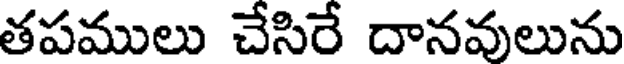
తపములు చేసిరే దానవులును